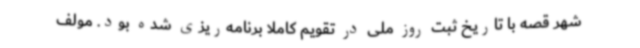
شهر قصه با تاریخ ثبت روز ملی در تقویم کاملا برنامه‌ریزی شده بود. مولف